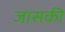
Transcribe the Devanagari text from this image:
जासकी